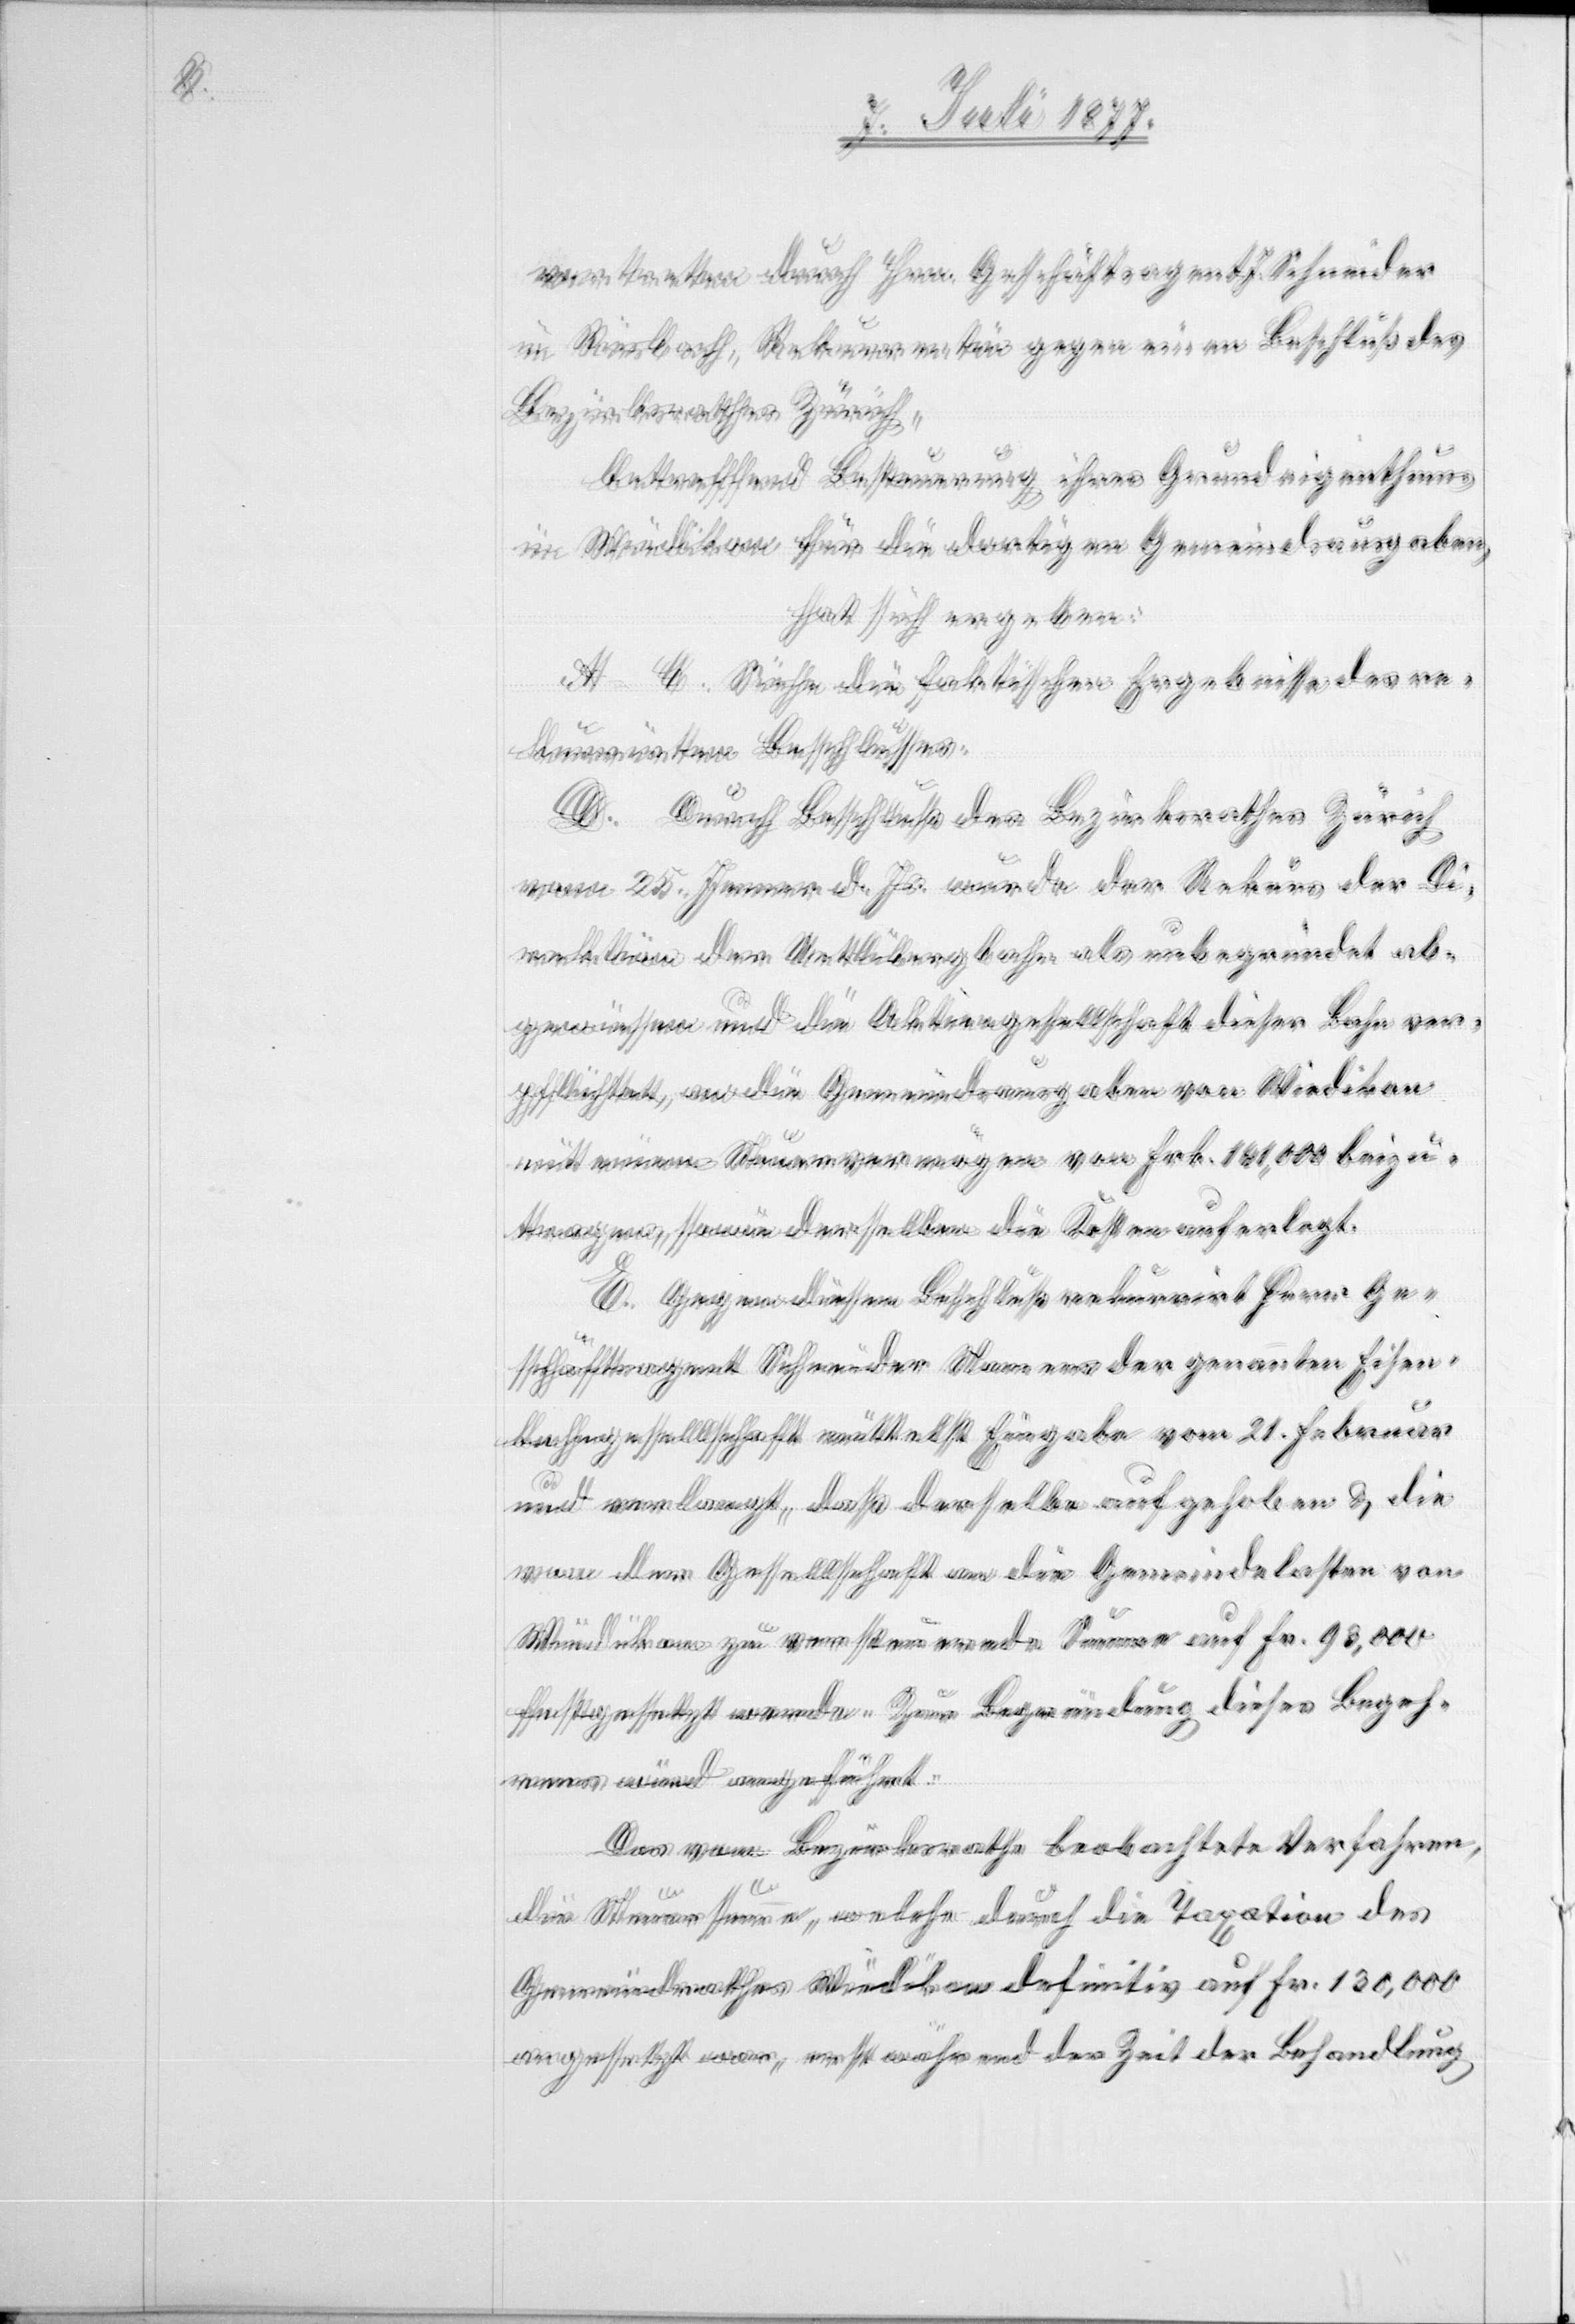
vertreten durch Hrn. Geschäftsagent J. Schneider
in Riesbach, Rekurrentin gegen einen Beschluß des
Bezirksrathes Zürich,
betreffend Besteuerung ihres Grundeigenthums
in Wiedikon für die dortigen Gemeindsausgaben,
hat sich ergeben:
A–C. Siehe die faktischen Ergebnisse des re¬
kurrirten Beschlusses.
D. Durch Beschluß des Bezirksrathes Zürich
vom 25. Jenner d. Js. wurde der Rekurs der Di¬
rektion der Uetlibergbahn als unbegründet ab¬
gewiesen und die Aktiengesellschaft dieser Bahn ver¬
pflichtet, an die Gemeindsausgaben von Wiedikon
mit einem Steuervermögen von Frk. 141,000 beizu¬
tragen, sowie derselben die Kosten auferlegt.
E. Gegen diesen Beschluß rekurrirt Herr Ge¬
schäftsagent Schneider Namens der genannten Eisen¬
bahngesellschaft mittelst Eingabe vom 21. Februar
und verlangt, daß derselbe aufgehoben & die
von der Gesellschaft an die Gemeindelasten von
Wiedikon zu versteuernde Summe auf Fr. 93,000
festgesetzt werde. Zur Begründung dieses Begeh¬
rens wird angeführt:
Das vom Bezirksrathe beobachtete Verfahren,
die Steuersumme, welche durch die Taxation des
Gemeindrathes Wiedikon definitiv auf Fr. 130,000
angesetzt war, erst während der Zeit der Behandlung